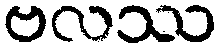
ဗလဿ